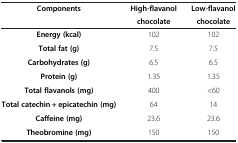
<table><thead><tr><td rowspan="2"><b>Components</b></td><td><b>High-flavanol</b></td><td><b>Low-flavanol</b></td></tr><tr><td><b>chocolate</b></td><td><b>chocolate</b></td></tr></thead><tbody><tr><td><b>Energy (kcal)</b></td><td>102</td><td>102</td></tr><tr><td><b>Total fat (g)</b></td><td>7.5</td><td>7.5</td></tr><tr><td><b>Carbohydrates (g)</b></td><td>6.5</td><td>6.5</td></tr><tr><td><b>Protein (g)</b></td><td>1.35</td><td>1.35</td></tr><tr><td><b>Total flavanols (mg)</b></td><td>400</td><td>&lt;60</td></tr><tr><td><b>Total catechin + epicatechin (mg)</b></td><td>64</td><td>14</td></tr><tr><td><b>Caffeine (mg)</b></td><td>23.6</td><td>23.6</td></tr><tr><td><b>Theobromine (mg)</b></td><td>150</td><td>150</td></tr></tbody></table>